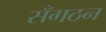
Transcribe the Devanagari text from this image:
सँगठन